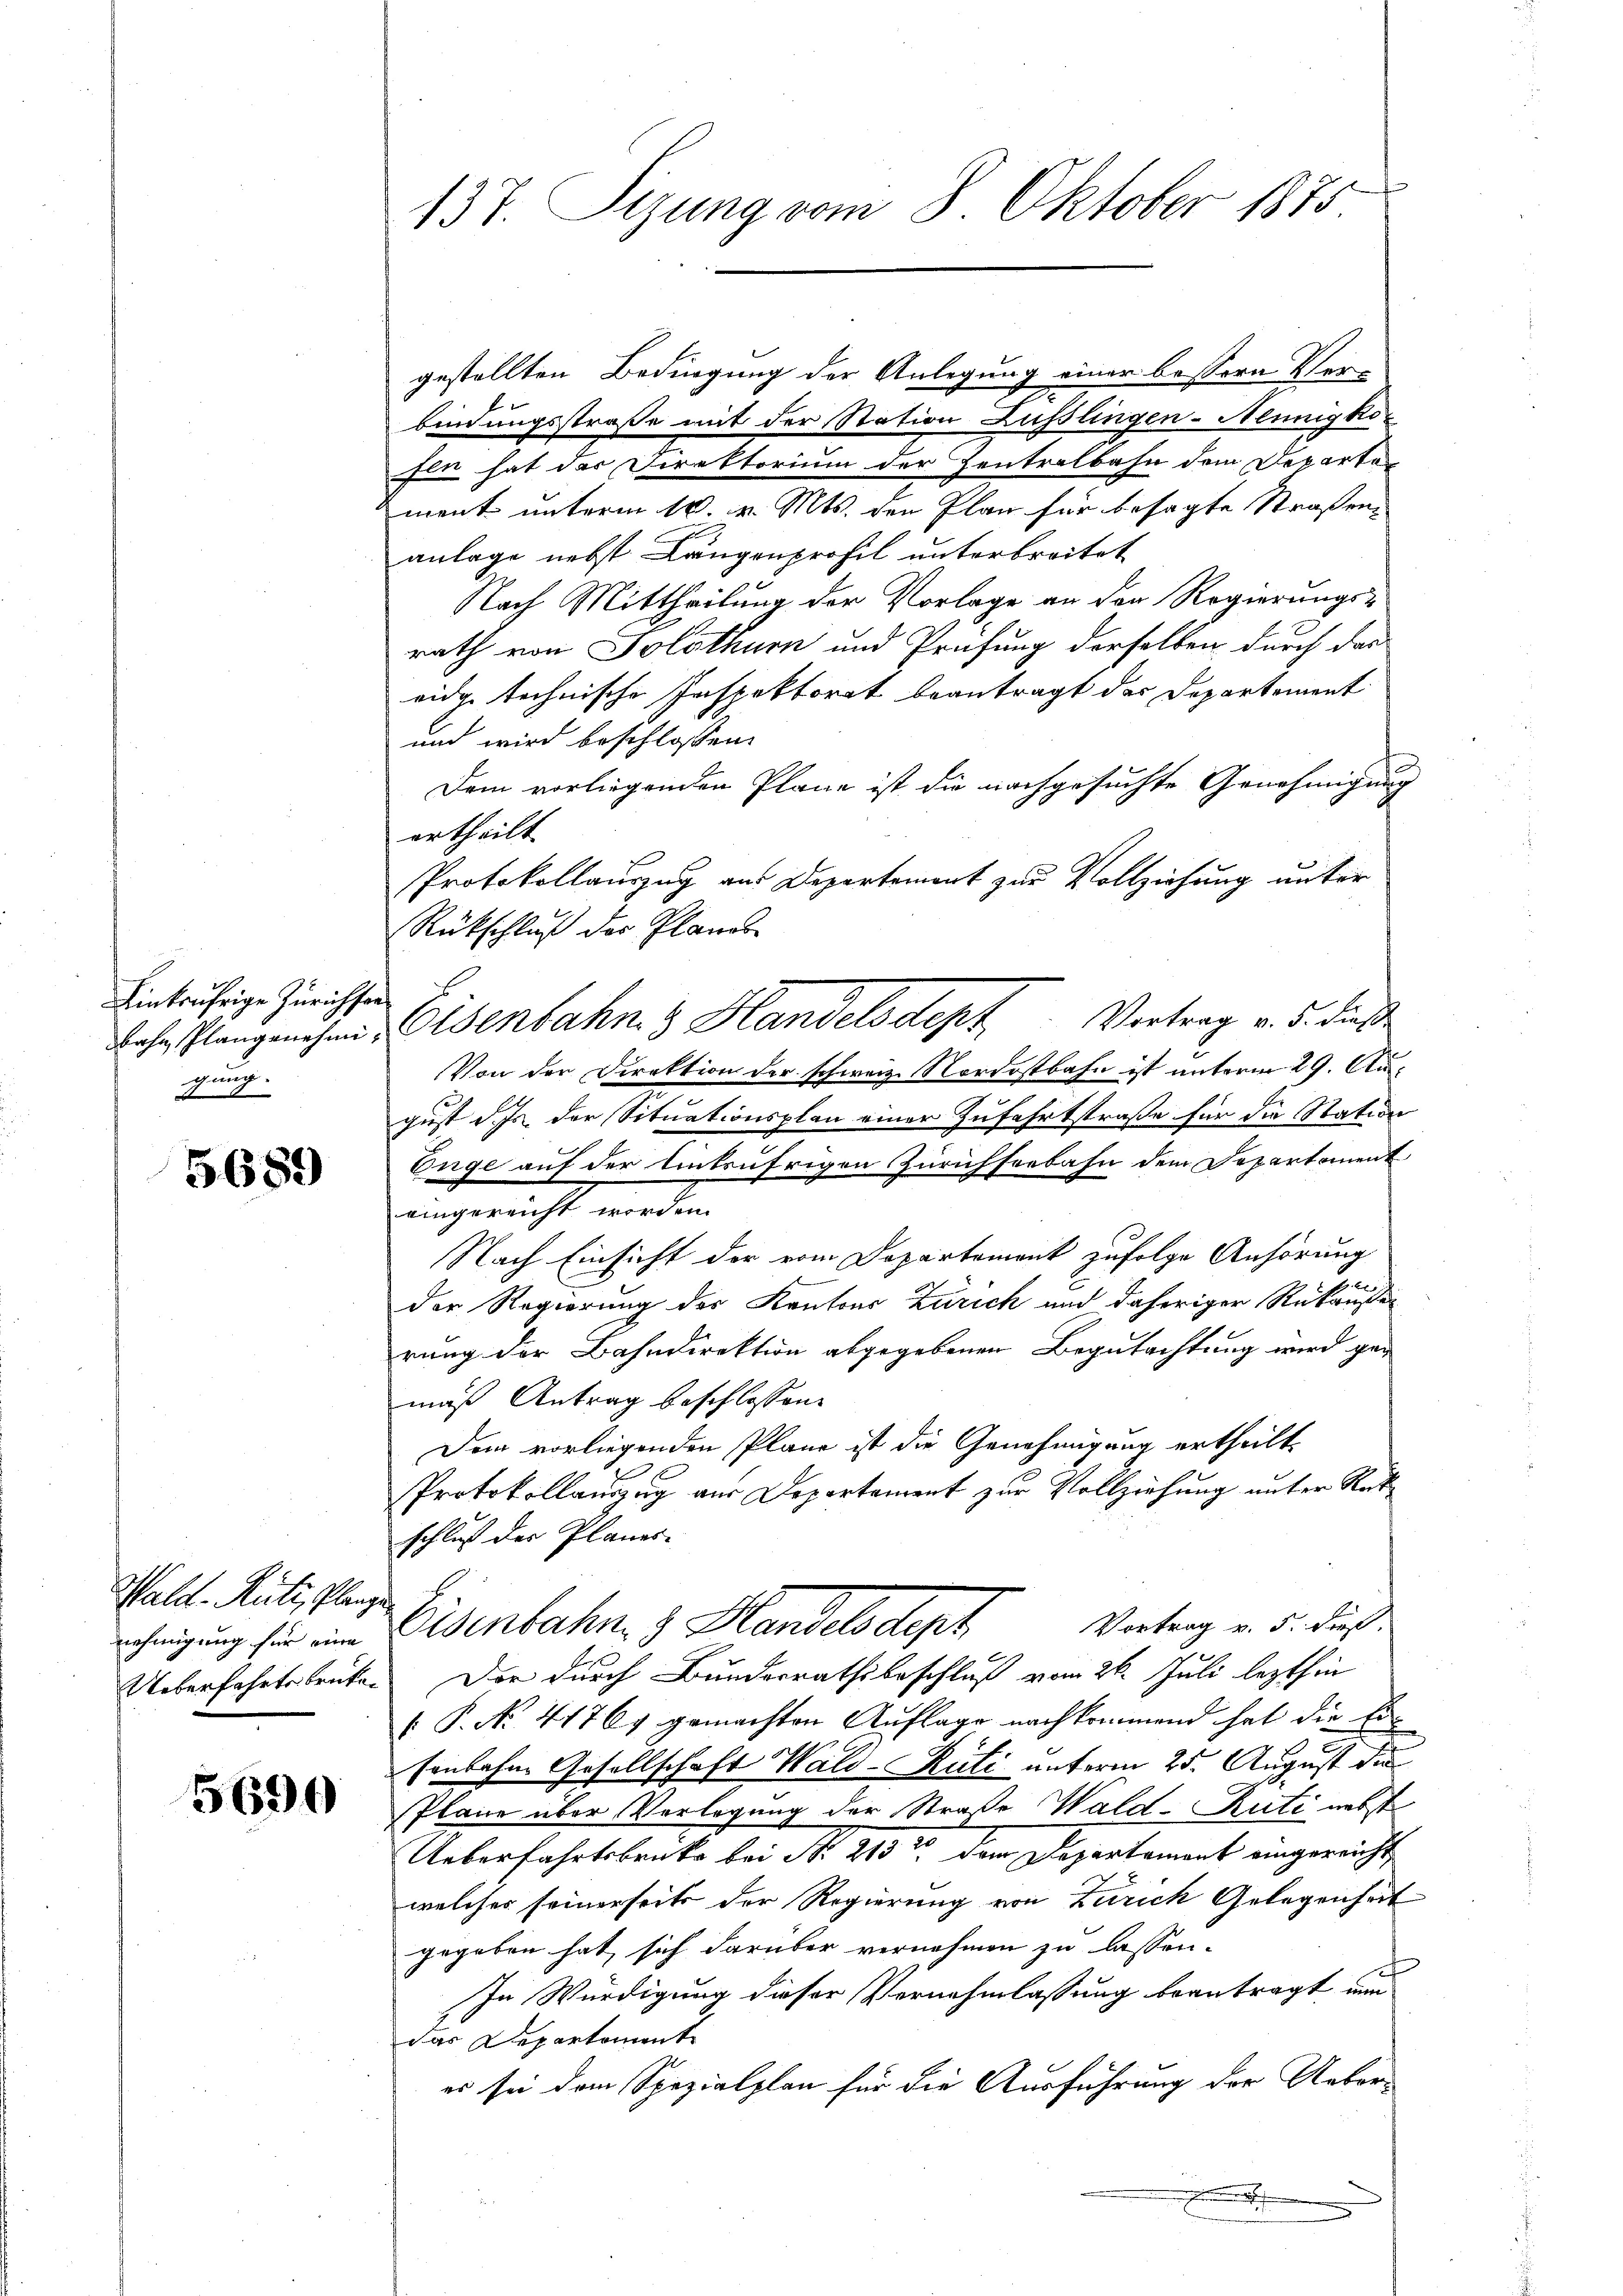
Linkräfrige Zürichsor
gung.
d

5689

Wald–Rüti, Planzen

5690

137. Sizung vom 8. Oktober 1875.

gestellten Bedingung der Anlegung einer bessern Verbindungsstraße mit der Station Lusslingen-Neunigkofin hat der Direktorium der Zentralbahn dem Departa
ment unterm 10. v. Mts. den Plan für besagte Straßenanlage nebst Längenprofil unterbreitet
Nach Mittheilung der Vorlage an der Regierungsrath von Solothurn und Prüfung derselben durch das
eide technische Inspektorat beantragt das Departement
und wird beschlossen:
Dem vorliegenden Plane ist die nachgesuchte Genehmigung
ertheilt.
Protokollauszug aus Departemont zur Vollziehung unter
Rückschluß des Plande
ehr Plangenehm, Eisenbahn & Handelsdept Vertrag v. 5. dieß
Von der Direktion der schweiz. Nordostbahn ist unterm 29. August d. Js. der Situationsplan einer Zufahrtstraße für die Station
Enge auf der Entsufrigen Zürichserbahn dem Departement
eingereicht werden.
Nach Einsicht der vom Departement zufolge Anhörung
der Regierung der Kantons Zürich und daheriger Rukaufe
rung der Bahndirektion abgegebenen Begutachtung wird gen
mäß Antrag beschlossen:
Dem vorliegenden Pläne ist die Genehmigung ertheilt,
Protokollauszug aus Departament zur Vollziehung unter Rat
schluß der Planes.
Vortrag v. 5. Fuß.
nehmigung sie eine Eisenbahn & Handels dept
Ueberfahrtsbruken Dir durch Bundesrathsbeschluß vom 26. Juli lezthin
[: P. No. 41767 gemachten Auflage nachkommend hat die Ersenbahne Gesellschaft Wald–Rüti unterm 25. August die
Pläne über Verlegung der Straße Wald–Rüti nebst
Ueberfahrtsbruke bei No 213 der Departement eingereicht
welches seinerseits der Regierung von Zürich Gelegenheit
gegeben hat sich darüber vernehmen zu lassen.
In Würdigung dieser Vernehmlassung beantragt, um
das Departemente
es sei dem Spezialplan für die Ausführung der Ueber-
.
in